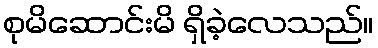
စုမိဆောင်းမိ ရှိခဲ့လေသည်။